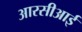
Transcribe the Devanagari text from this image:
आरसीआई